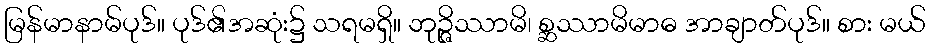
မြန်မာနာမ်ပုဒ်။ ပုဒ်၏အဆုံး၌ သရမရှိ။ ဘုဉ္ဇိဿာမိ၊ စ္ဆဿာမိမာဓ အာချာတ်ပုဒ်။ စား မယ်